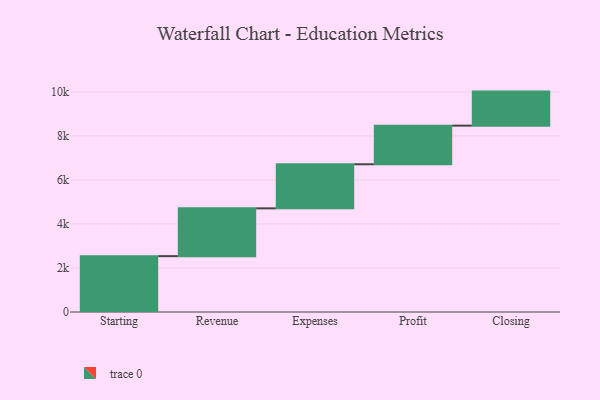
{"axis": {"x": "Step", "y": "Value"}, "legend": [""], "data": [{"x": "Starting", "y": 2538.0, "type": ""}, {"x": "Revenue", "y": 2172.0, "type": ""}, {"x": "Expenses", "y": 2003.0, "type": ""}, {"x": "Profit", "y": 1755.0, "type": ""}, {"x": "Closing", "y": 1547.0, "type": ""}]}